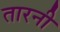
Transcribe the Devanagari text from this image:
तारनी